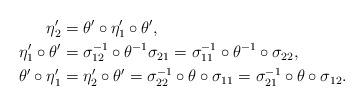
LaTeX: \begin{align*}\eta'_2 &= \theta' \circ \eta'_1 \circ \theta', \\\eta'_1 \circ \theta' &= \sigma_{12}^{-1} \circ \theta^{-1} \sigma_{21} = \sigma_{11}^{-1} \circ \theta^{-1} \circ \sigma_{22}, \\\theta' \circ \eta'_1 &= \eta'_2 \circ \theta' = \sigma_{22}^{-1} \circ \theta \circ \sigma_{11} = \sigma_{21}^{-1} \circ \theta \circ \sigma_{12}.\end{align*}